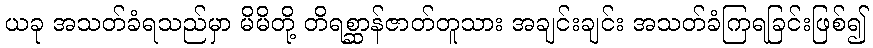
ယခု အသတ်ခံရသည်မှာ မိမိတို့ တိရစ္ဆာန်ဇာတ်တူသား အချင်းချင်း အသတ်ခံကြရခြင်းဖြစ်၍